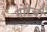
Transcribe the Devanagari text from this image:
गोरेची